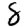
Digit: 8